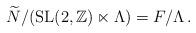
LaTeX: \begin{align*}\widetilde{N}/(\mathrm{SL}(2,\mathbb{Z})\ltimes \Lambda)=F/\Lambda\,.\end{align*}